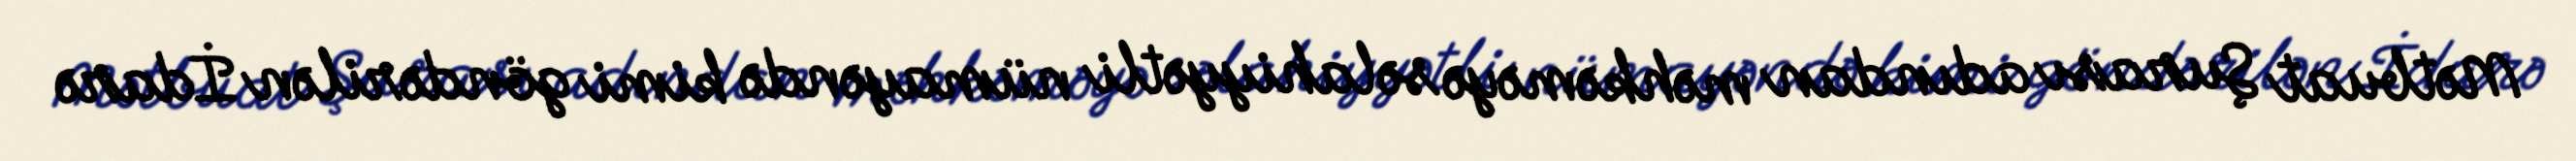
Mətbuat Şurası adından məhkəməyə səlahiyyətli nümayəndə kimi göndərilən İdarə